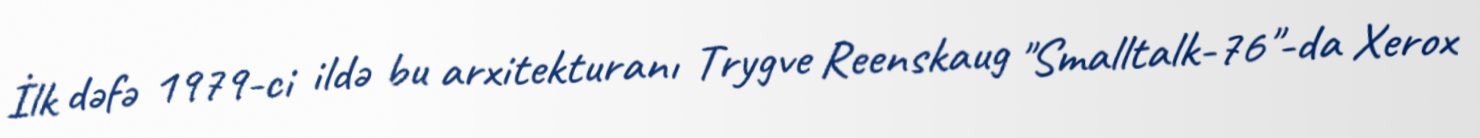
İlk dəfə 1979-ci ildə bu arxitekturanı Trygve Reenskaug "Smalltalk-76"-da Xerox